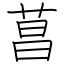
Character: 菖